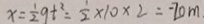
x = \frac { 1 } { 2 } q t ^ { 2 } = \frac { 1 } { 2 } \times 1 0 \times 2 = - 2 0 m